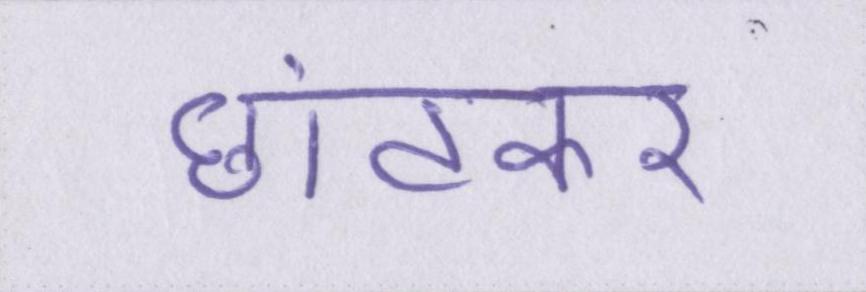
छांटकर